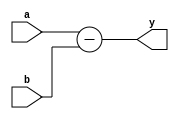
module sub2b(
    input [15:0]a,b,
    output [15:0]y
    );
    
    assign y = a-b;
    
endmodule